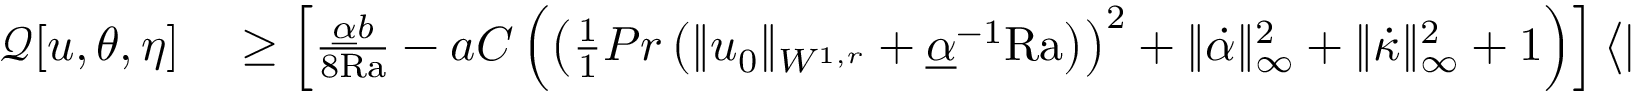
\begin{array} { r l } { \mathcal { Q } [ u , \theta , \eta ] } & { { } \geq \left[ \frac { \underline { { \alpha } } b } { 8 \mathrm { { R a } } } - a C \left( \left( \frac { 1 } { 1 } { { P r } } \left( \| u _ { 0 } \| _ { W ^ { 1 , r } } + \underline { { \alpha } } ^ { - 1 } \mathrm { { R a } } \right) \right) ^ { 2 } + \| \dot { \alpha } \| _ { \infty } ^ { 2 } + \| \dot { \kappa } \| _ { \infty } ^ { 2 } + 1 \right) \right] \left\langle \| u \| _ { H ^ { 1 } } ^ { 2 } \right\rangle } \end{array}